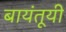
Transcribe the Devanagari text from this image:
बायंतूयी